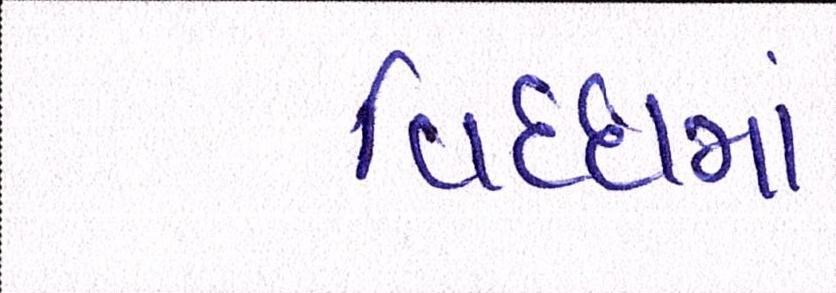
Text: વિધ્ધમાં